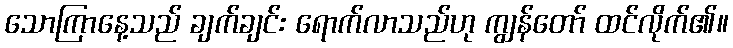
သောကြာနေ့သည် ချက်ချင်း ရောက်လာသည်ဟု ကျွန်တော် ထင်လိုက်၏။